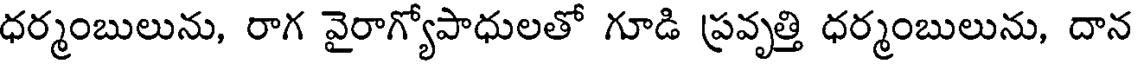
ధర్మంబులును, రాగ వైరాగ్యోపాధులతో గూడి ప్రవృత్తి ధర్మంబులును, దాన